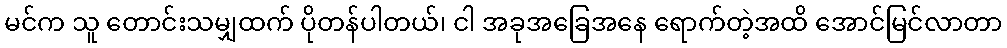
မင်က သူ တောင်းသမျှထက် ပိုတန်ပါတယ်၊ ငါ အခုအခြေအနေ ရောက်တဲ့အထိ အောင်မြင်လာတာ